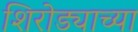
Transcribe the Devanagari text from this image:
शिरोड्याच्या